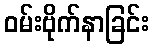
ဝမ်းဗိုက်နာခြင်း